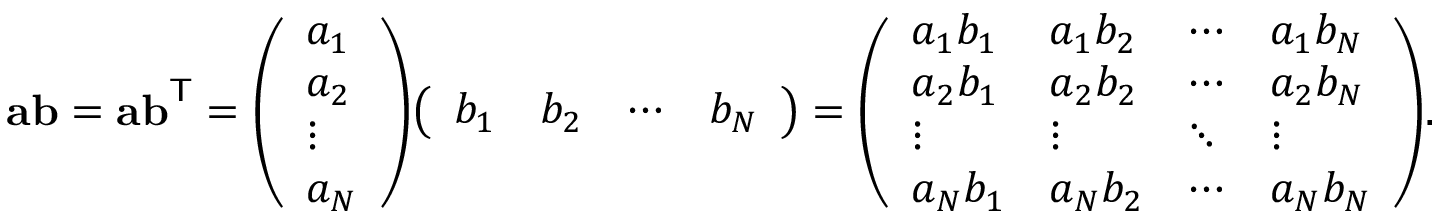
\mathbf { a b } = \mathbf { a b } ^ { \mathsf { T } } = { \left( \begin{array} { l } { a _ { 1 } } \\ { a _ { 2 } } \\ { \vdots } \\ { a _ { N } } \end{array} \right) } { \left( \begin{array} { l l l l } { b _ { 1 } } & { b _ { 2 } } & { \cdots } & { b _ { N } } \end{array} \right) } = { \left( \begin{array} { l l l l } { a _ { 1 } b _ { 1 } } & { a _ { 1 } b _ { 2 } } & { \cdots } & { a _ { 1 } b _ { N } } \\ { a _ { 2 } b _ { 1 } } & { a _ { 2 } b _ { 2 } } & { \cdots } & { a _ { 2 } b _ { N } } \\ { \vdots } & { \vdots } & { \ddots } & { \vdots } \\ { a _ { N } b _ { 1 } } & { a _ { N } b _ { 2 } } & { \cdots } & { a _ { N } b _ { N } } \end{array} \right) } .